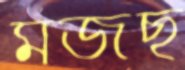
মজছ